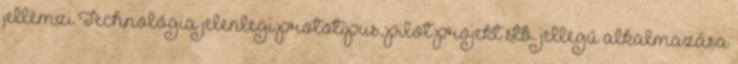
jellemzi Technológia jelenlegi prototípus, pilot projekt stb. jellegű alkalmazása